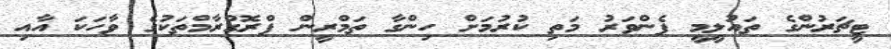
ޓީޗަރުންގެ ތައުލީމީ ފެންވަރު މަތި ކުރުމަށް ހިންގާ ތަމްރީން ޕްރޮގްރާމްތަކުގެ ވާހަކަ އާއި